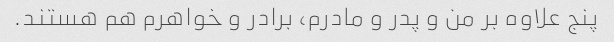
پنج علاوه بر من و پدر و مادرم، برادر و خواهرم هم هستند.